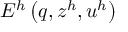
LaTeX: E ^ { h } \left( q , z ^ { h } , u ^ { h } \right)